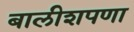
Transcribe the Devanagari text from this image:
बालीशपणा